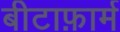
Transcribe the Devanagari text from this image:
बीटाफ़ार्म